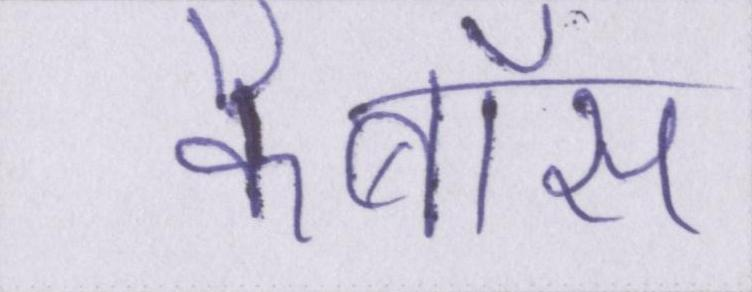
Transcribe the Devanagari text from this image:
कैबॉस